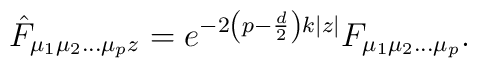
\hat F_{\mu_{1}\mu_{2}\ldots \mu_{p} z}=e^{-2\left(p-\frac{d}{2}\right)k|z|}F_{\mu_{1}\mu_{2}\ldots \mu_{p}}.